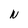
Character: N